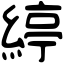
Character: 𦂃